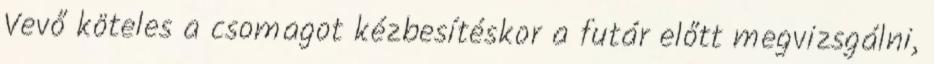
Vevő köteles a csomagot kézbesítéskor a futár előtt megvizsgálni,